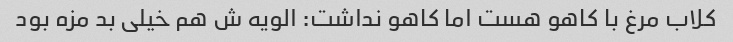
کلاب مرغ با کاهو هست اما کاهو نداشت: الویه ش هم خیلی بد مزه بود